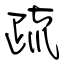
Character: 疏